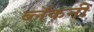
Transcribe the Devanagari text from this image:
ब्लॅकनी